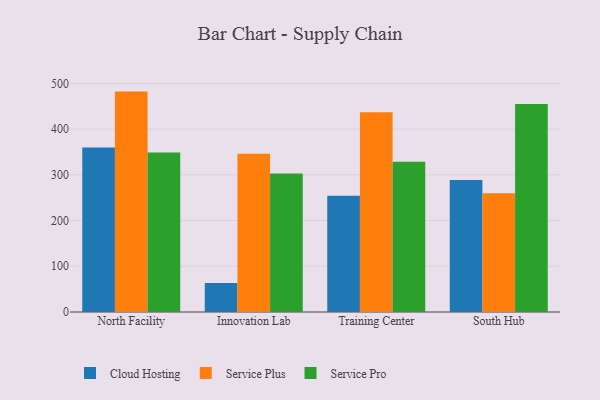
{"axis": {"x": "Campus", "y": "Shipments"}, "legend": ["Cloud Hosting", "Service Plus", "Service Pro"], "data": [{"x": "North Facility", "y": 360.0, "type": "Cloud Hosting"}, {"x": "North Facility", "y": 482.1, "type": "Service Plus"}, {"x": "North Facility", "y": 349.0, "type": "Service Pro"}, {"x": "Innovation Lab", "y": 63.7, "type": "Cloud Hosting"}, {"x": "Innovation Lab", "y": 346.1, "type": "Service Plus"}, {"x": "Innovation Lab", "y": 302.9, "type": "Service Pro"}, {"x": "Training Center", "y": 254.3, "type": "Cloud Hosting"}, {"x": "Training Center", "y": 437.1, "type": "Service Plus"}, {"x": "Training Center", "y": 328.5, "type": "Service Pro"}, {"x": "South Hub", "y": 288.7, "type": "Cloud Hosting"}, {"x": "South Hub", "y": 260.0, "type": "Service Plus"}, {"x": "South Hub", "y": 454.8, "type": "Service Pro"}]}